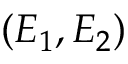
( E _ { 1 } , E _ { 2 } )